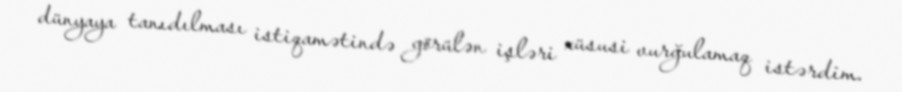
dünyaya tanıdılması istiqamətində görülən işləri xüsusi vurğulamaq istərdim.